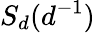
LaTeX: S_{d}(d^{-1})